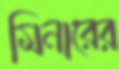
মিনারের